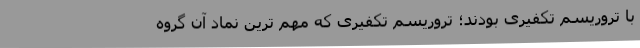
با تروریسم تکفیری بودند؛ تروریسم تکفیری که مهم ترین نماد آن گروه